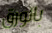
بالورق